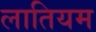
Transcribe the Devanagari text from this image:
लातियम